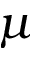
\mu